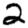
Digit: 2